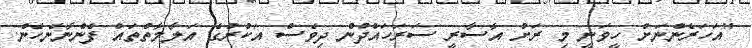
"އަހަރެންނަށް ހީވަނީ މި ރަށު އާސާރީ ސަރަހައްދުން ދިވެސް އަކުރުގެ އަލާމާތްތައް ފެންނާނެހެން.